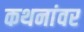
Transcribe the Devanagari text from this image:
कथनांवर